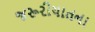
જરૂરીયાતના